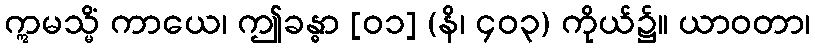
ဣမသ္မိံ ကာယေ၊ ဤခန္ဓာ [၀၁] (နိ၊ ၄၀၃) ကိုယ်၌။ ယာဝတာ၊